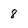
Character: 8